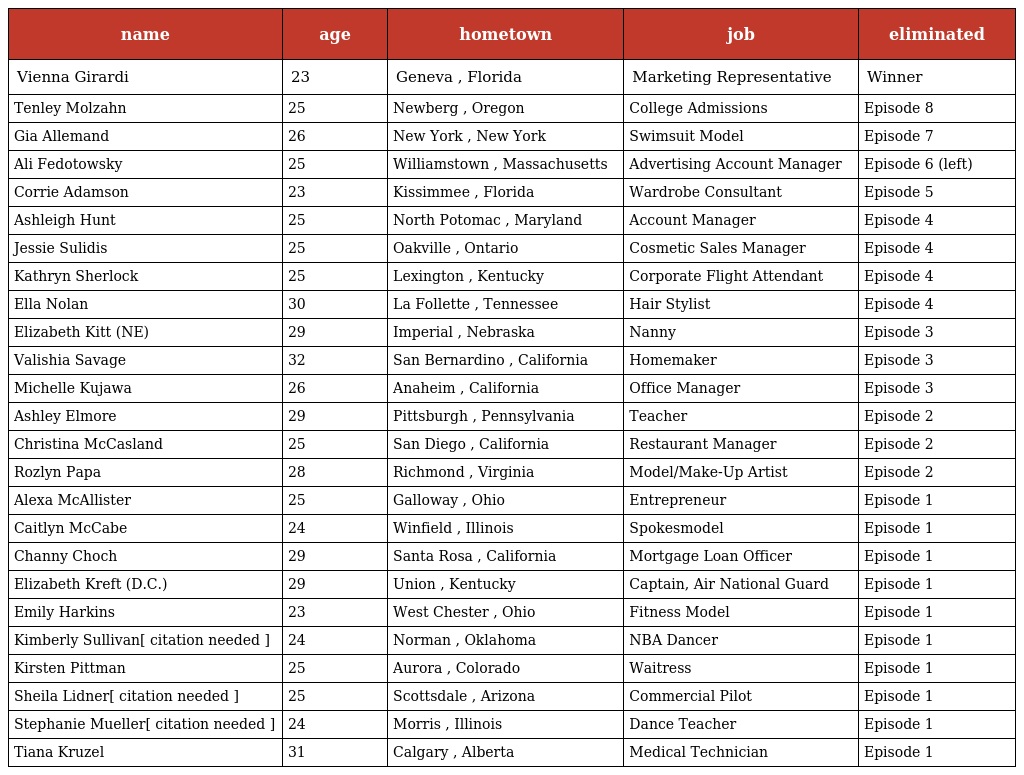
| name | age | hometown | job | eliminated |
 | --- | --- | --- | --- | --- |
 | Vienna Girardi | 23 | Geneva , Florida | Marketing Representative | Winner |
 | Tenley Molzahn | 25 | Newberg , Oregon | College Admissions | Episode 8 |
 | Gia Allemand | 26 | New York , New York | Swimsuit Model | Episode 7 |
 | Ali Fedotowsky | 25 | Williamstown , Massachusetts | Advertising Account Manager | Episode 6 (left) |
 | Corrie Adamson | 23 | Kissimmee , Florida | Wardrobe Consultant | Episode 5 |
 | Ashleigh Hunt | 25 | North Potomac , Maryland | Account Manager | Episode 4 |
 | Jessie Sulidis | 25 | Oakville , Ontario | Cosmetic Sales Manager | Episode 4 |
 | Kathryn Sherlock | 25 | Lexington , Kentucky | Corporate Flight Attendant | Episode 4 |
 | Ella Nolan | 30 | La Follette , Tennessee | Hair Stylist | Episode 4 |
 | Elizabeth Kitt (NE) | 29 | Imperial , Nebraska | Nanny | Episode 3 |
 | Valishia Savage | 32 | San Bernardino , California | Homemaker | Episode 3 |
 | Michelle Kujawa | 26 | Anaheim , California | Office Manager | Episode 3 |
 | Ashley Elmore | 29 | Pittsburgh , Pennsylvania | Teacher | Episode 2 |
 | Christina McCasland | 25 | San Diego , California | Restaurant Manager | Episode 2 |
 | Rozlyn Papa | 28 | Richmond , Virginia | Model/Make-Up Artist | Episode 2 |
 | Alexa McAllister | 25 | Galloway , Ohio | Entrepreneur | Episode 1 |
 | Caitlyn McCabe | 24 | Winfield , Illinois | Spokesmodel | Episode 1 |
 | Channy Choch | 29 | Santa Rosa , California | Mortgage Loan Officer | Episode 1 |
 | Elizabeth Kreft (D.C.) | 29 | Union , Kentucky | Captain, Air National Guard | Episode 1 |
 | Emily Harkins | 23 | West Chester , Ohio | Fitness Model | Episode 1 |
 | Kimberly Sullivan[ citation needed ] | 24 | Norman , Oklahoma | NBA Dancer | Episode 1 |
 | Kirsten Pittman | 25 | Aurora , Colorado | Waitress | Episode 1 |
 | Sheila Lidner[ citation needed ] | 25 | Scottsdale , Arizona | Commercial Pilot | Episode 1 |
 | Stephanie Mueller[ citation needed ] | 24 | Morris , Illinois | Dance Teacher | Episode 1 |
 | Tiana Kruzel | 31 | Calgary , Alberta | Medical Technician | Episode 1 |